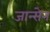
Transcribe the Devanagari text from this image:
जान्सेन